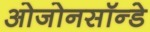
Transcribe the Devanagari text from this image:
ओजोनसॉन्‍डे